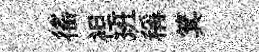
徭袒班稱箕